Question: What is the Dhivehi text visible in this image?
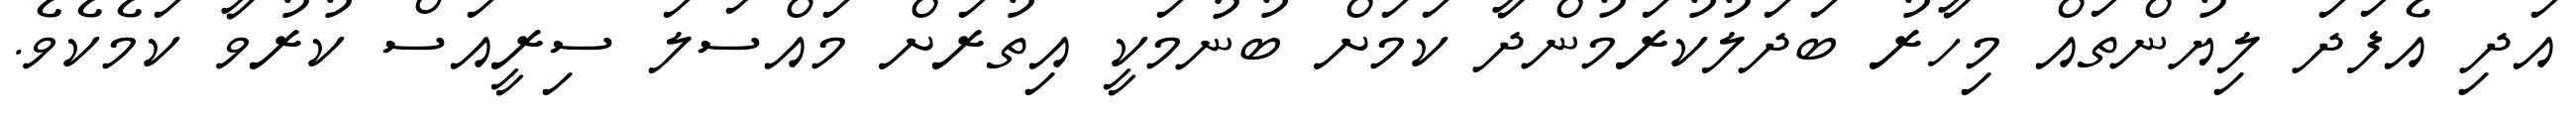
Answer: އަދި އެފަދަ ލިޔުންތައް މިހާރު ބަދަލުކުރަމުންދާ ކަމަށް ބުނުމަކީ އިތުރަށް މައްސަލަ ސިރީއަސް ކުރުވާ ކަމެކެވެ.